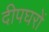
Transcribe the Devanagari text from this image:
दीपघरों